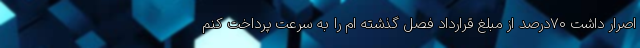
اصرار داشت 70درصد از مبلغ قرارداد فصل گذشته ام را به سرعت پرداخت کنم